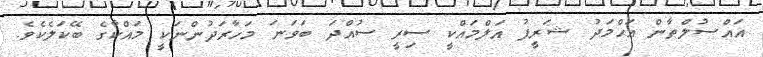
އައްސުލްޠާން އަޙްމަދު ޝަރީފު އަލްމައްކީ ސިރީ ސުއްދަ ބަވަނަ މަހާރަދުންނަކީ މައްކާގެ ބޭކަލެކެވެ.